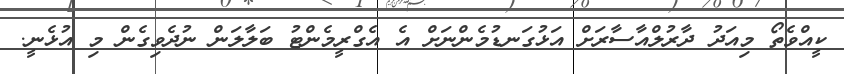
ކީއްވެތޯ މިއަދު ދާރުލްއާސާރަށް އަޅުގަނޑުމެންނަށް އެ އެގްރީމެންޓު ބަލާލަން ނުދެވިގެން މި އުޅެނީ.